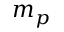
m _ { p }